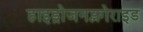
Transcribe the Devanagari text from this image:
हाइड्रोजनक्लोराइड